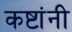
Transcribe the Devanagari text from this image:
कष्टांनी